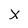
Character: X